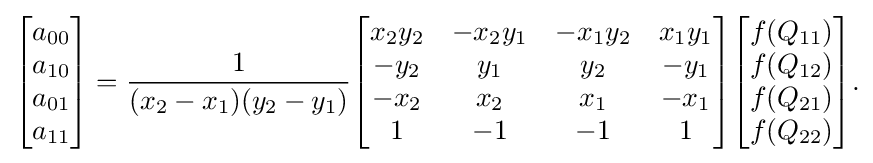
{\begin{aligned}{\begin{bmatrix}a_{00}\\a_{10}\\a_{01}\\a_{11}\end{bmatrix}}={\frac {1}{(x_{2}-x_{1})(y_{2}-y_{1})}}{\begin{bmatrix}x_{2}y_{2}&-x_{2}y_{1}&-x_{1}y_{2}&x_{1}y_{1}\\-y_{2}&y_{1}&y_{2}&-y_{1}\\-x_{2}&x_{2}&x_{1}&-x_{1}\\1&-1&-1&1\end{bmatrix}}{\begin{bmatrix}f(Q_{11})\\f(Q_{12})\\f(Q_{21})\\f(Q_{22})\end{bmatrix}}.\end{aligned}}